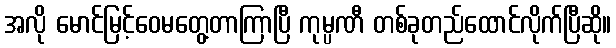
အလို မောင်မြင့်ဝေမတွေ့တာကြာပြီ ကုမ္ပဏီ တစ်ခုတည်ထောင်လိုက်ပြီဆို။